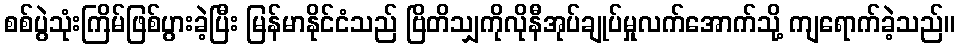
စစ်ပွဲသုံးကြိမ်ဖြစ်ပွားခဲ့ပြီး မြန်မာနိုင်ငံသည် ဗြိတိသျှကိုလိုနီအုပ်ချုပ်မှုလက်အောက်သို့ ကျရောက်ခဲ့သည်။